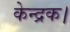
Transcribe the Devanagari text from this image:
केन्द्रक।